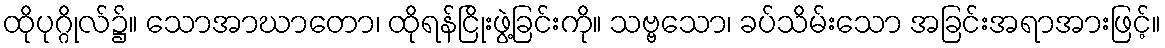
ထိုပုဂ္ဂိုလ်၌။ သောအာဃာတော၊ ထိုရန်ငြိုးဖွဲ့ခြင်းကို။ သဗ္ဗသော၊ ခပ်သိမ်းသော အခြင်းအရာအားဖြင့်။